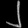
Digit: ၂